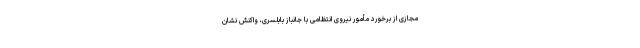
مجازی از برخورد مأمور نیروی انتظامی با جانباز بابلسری، واکنش نشان